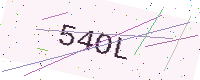
Text: 54OL